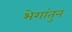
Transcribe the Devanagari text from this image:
भेगांतुन